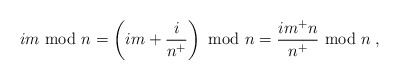
\begin{align*}i m {\rm ~mod~} n =\left( i m + \frac{i}{n^+} \right) {\rm ~mod~} n =\frac{i m^+ n}{n^+} {\rm ~mod~} n \;,\end{align*}